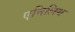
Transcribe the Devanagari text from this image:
एनिलिथ